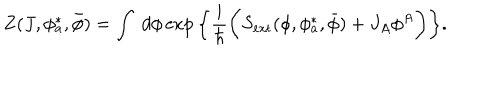
Z ( J , \phi _ { a } ^ { * } , \bar { \phi } ) = \int \; d \phi \exp \bigg \{ \frac { i } { \hbar } \bigg ( S _ { \mathrm { e x t } } ( \phi , \phi _ { a } ^ { * } , \bar { \phi } ) + J _ { A } \phi ^ { A } \bigg ) \bigg \} .